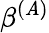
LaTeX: \beta^{(\mathit{A})}